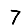
Digit: 7